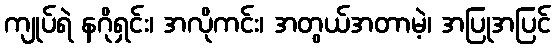
ကျုပ်ရဲ နဂိုရှင်း၊ အလိုကင်း၊ အတွယ်အတာမဲ့၊ အပြုအပြင်